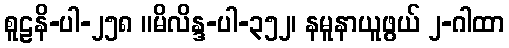
စူဠနိ-ပါ-၂၅၈ ။မိလိန္ဒ-ပါ-၃၅၂၊ နမူနာယူဖွယ် ၂-ဂါထာ